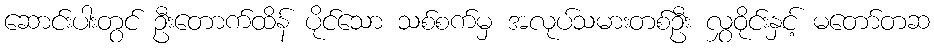
ဆောင်းပါးတွင် ဦးတောက်ထိန် ပိုင်သော သစ်စက်မှ အလုပ်သမားတစ်ဦး လွှဝိုင်းနှင့် မတော်တဆ